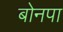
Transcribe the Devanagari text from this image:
बोनपा